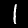
Digit: 1